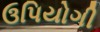
ઉપિયોગી